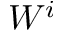
W ^ { i }